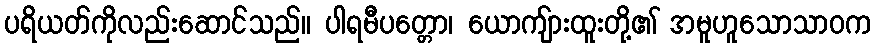
ပရိယတ်ကိုလည်းဆောင်သည်။ ပါရမီပတ္တော၊ ယောကျ်ားထူးတို့၏ အမူဟူသောသာဝက